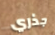
جذري